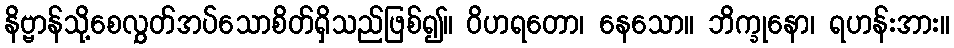
နိဗ္ဗာန်သို့စေလွှတ်အပ်သောစိတ်ရှိသည်ဖြစ်၍။ ဝိဟရတော၊ နေသော။ ဘိက္ခုနော၊ ရဟန်းအား။